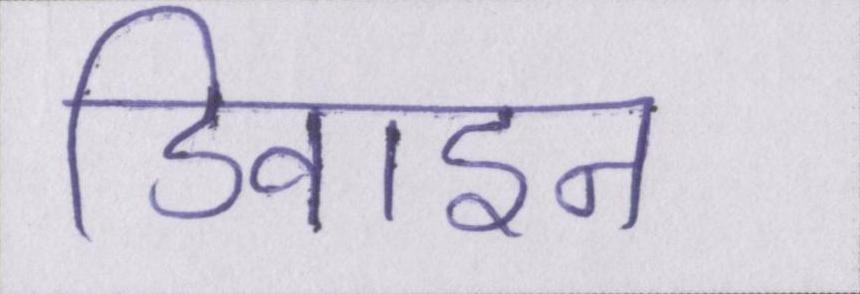
डिवाइन